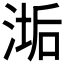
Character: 𬈉